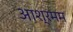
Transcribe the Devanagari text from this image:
आश्रमम